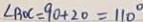
\angle B O C = 9 0 + 2 0 = 1 1 0 ^ { \circ }